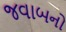
જવાબનો